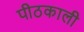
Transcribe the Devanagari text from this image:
पीठकाली